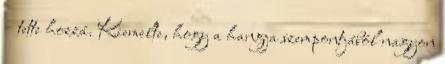
– tette hozzá. Kiemelte, hogy a hangja szempontjából nagyon